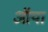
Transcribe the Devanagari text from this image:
ऑया